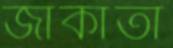
জাকার্তা